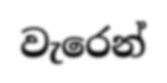
වැරෙන්